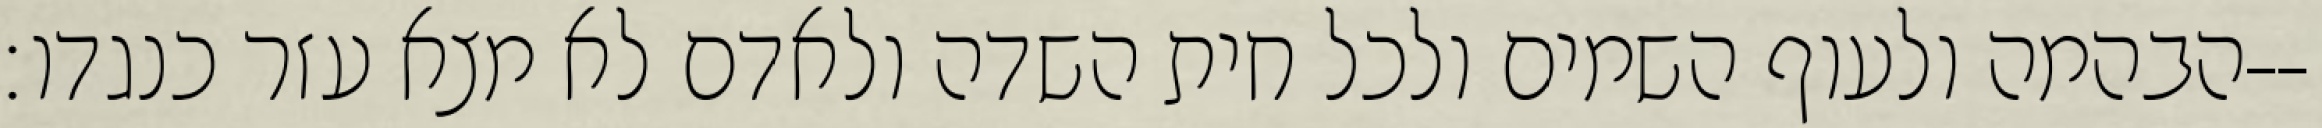
הבהמה ולעוף השמים ולכל חית השדה ולאדם לא מצא עזר כנגדו׃--